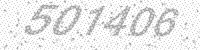
Solution: 501406